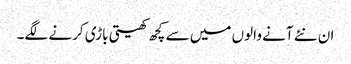
ان نئے آنے والوں میں سے کچھ کھیتی باڑی کرنے لگے۔